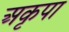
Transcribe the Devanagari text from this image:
अकृपा